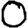
Digit: 0